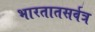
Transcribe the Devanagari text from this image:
भारतातसर्वत्र